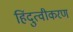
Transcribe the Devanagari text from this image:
हिंदुत्वीकरण